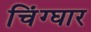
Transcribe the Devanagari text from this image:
चिंग्घार